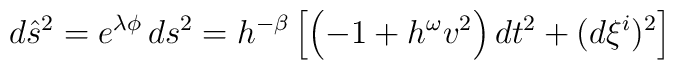
d\hat{s}^2 = e^{\lambda \phi} \, ds^2 =  h^{-\beta} \left[ \left(    - 1 + h^\omega v^2 \right) dt^2 + (d\xi^{i})^2\right]